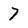
Character: 7